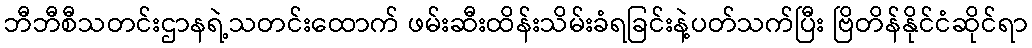
ဘီဘီစီသတင်းဌာနရဲ့သတင်းထောက် ဖမ်းဆီးထိန်းသိမ်းခံရခြင်းနဲ့ပတ်သက်ပြီး ဗြိတိန်နိုင်ငံဆိုင်ရာ